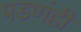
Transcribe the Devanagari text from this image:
पडणंही